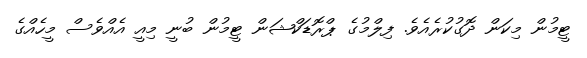
ޓީމުން މިކަން ދޮގުކުރެއެވެ. ފިލްމުގެ ޕްރޮޑަކްޝަން ޓީމުން ބުނީ މިއީ އެއްވެސް މީހެއްގެ